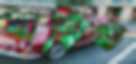
থাকিত